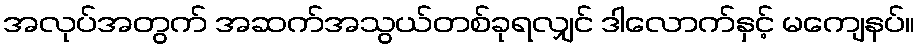
အလုပ်အတွက် အဆက်အသွယ်တစ်ခုရလျှင် ဒါလောက်နှင့် မကျေနပ်။